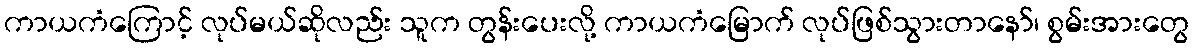
ကာယကံကြောင့် လုပ်မယ်ဆိုလည်း သူက တွန်းပေးလို့ ကာယကံမြောက် လုပ်ဖြစ်သွားတာနော်၊ စွမ်းအားတွေ